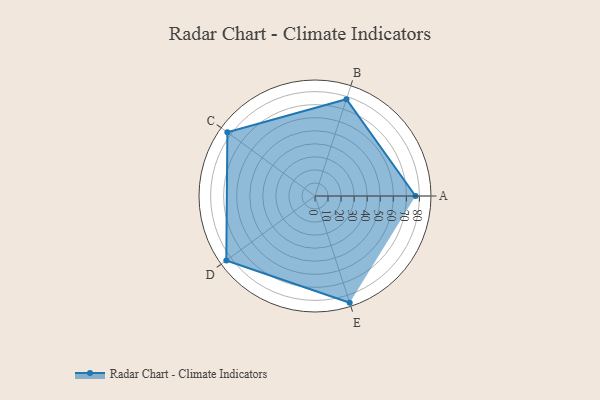
{"axis": {"x": "Skill", "y": "Score"}, "legend": ["Profile"], "data": [{"x": "A", "y": 77.0, "type": "Profile"}, {"x": "B", "y": 78.0, "type": "Profile"}, {"x": "C", "y": 83.0, "type": "Profile"}, {"x": "D", "y": 84.0, "type": "Profile"}, {"x": "E", "y": 86.0, "type": "Profile"}]}